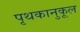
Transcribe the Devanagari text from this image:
पृथकानुकूल